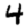
Digit: 4